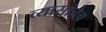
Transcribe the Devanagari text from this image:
व्यासांचेच